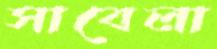
সাবেলা